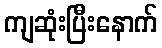
ကျဆုံးပြီးနောက်